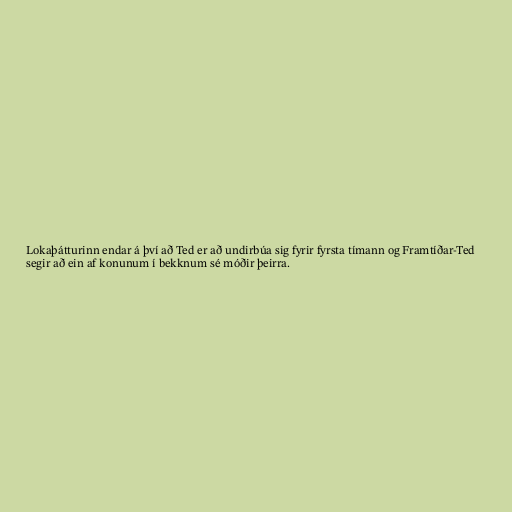
Lokaþátturinn endar á því að Ted er að undirbúa sig fyrir fyrsta tímann og Framtíðar-Ted
segir að ein af konunum í bekknum sé móðir þeirra.